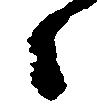
々